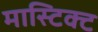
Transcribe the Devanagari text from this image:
मास्टिक्ट